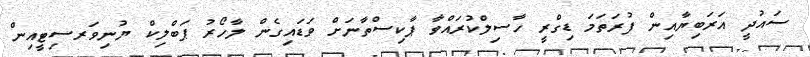
ސައުދީ އަރަބިޔާއިން ފުރަތަމަ ޑިގްރީ ހާސިލްކުރައްވާ ޕާކިސްތާނަށް ވަޑައިގެން ލާހޯރު ޕަބްލިކް ޔުނިވަރސިޓީއިން